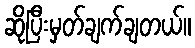
ဆိုပြီးမှတ်ချက်ချတယ်။